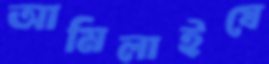
আমিলাইষে